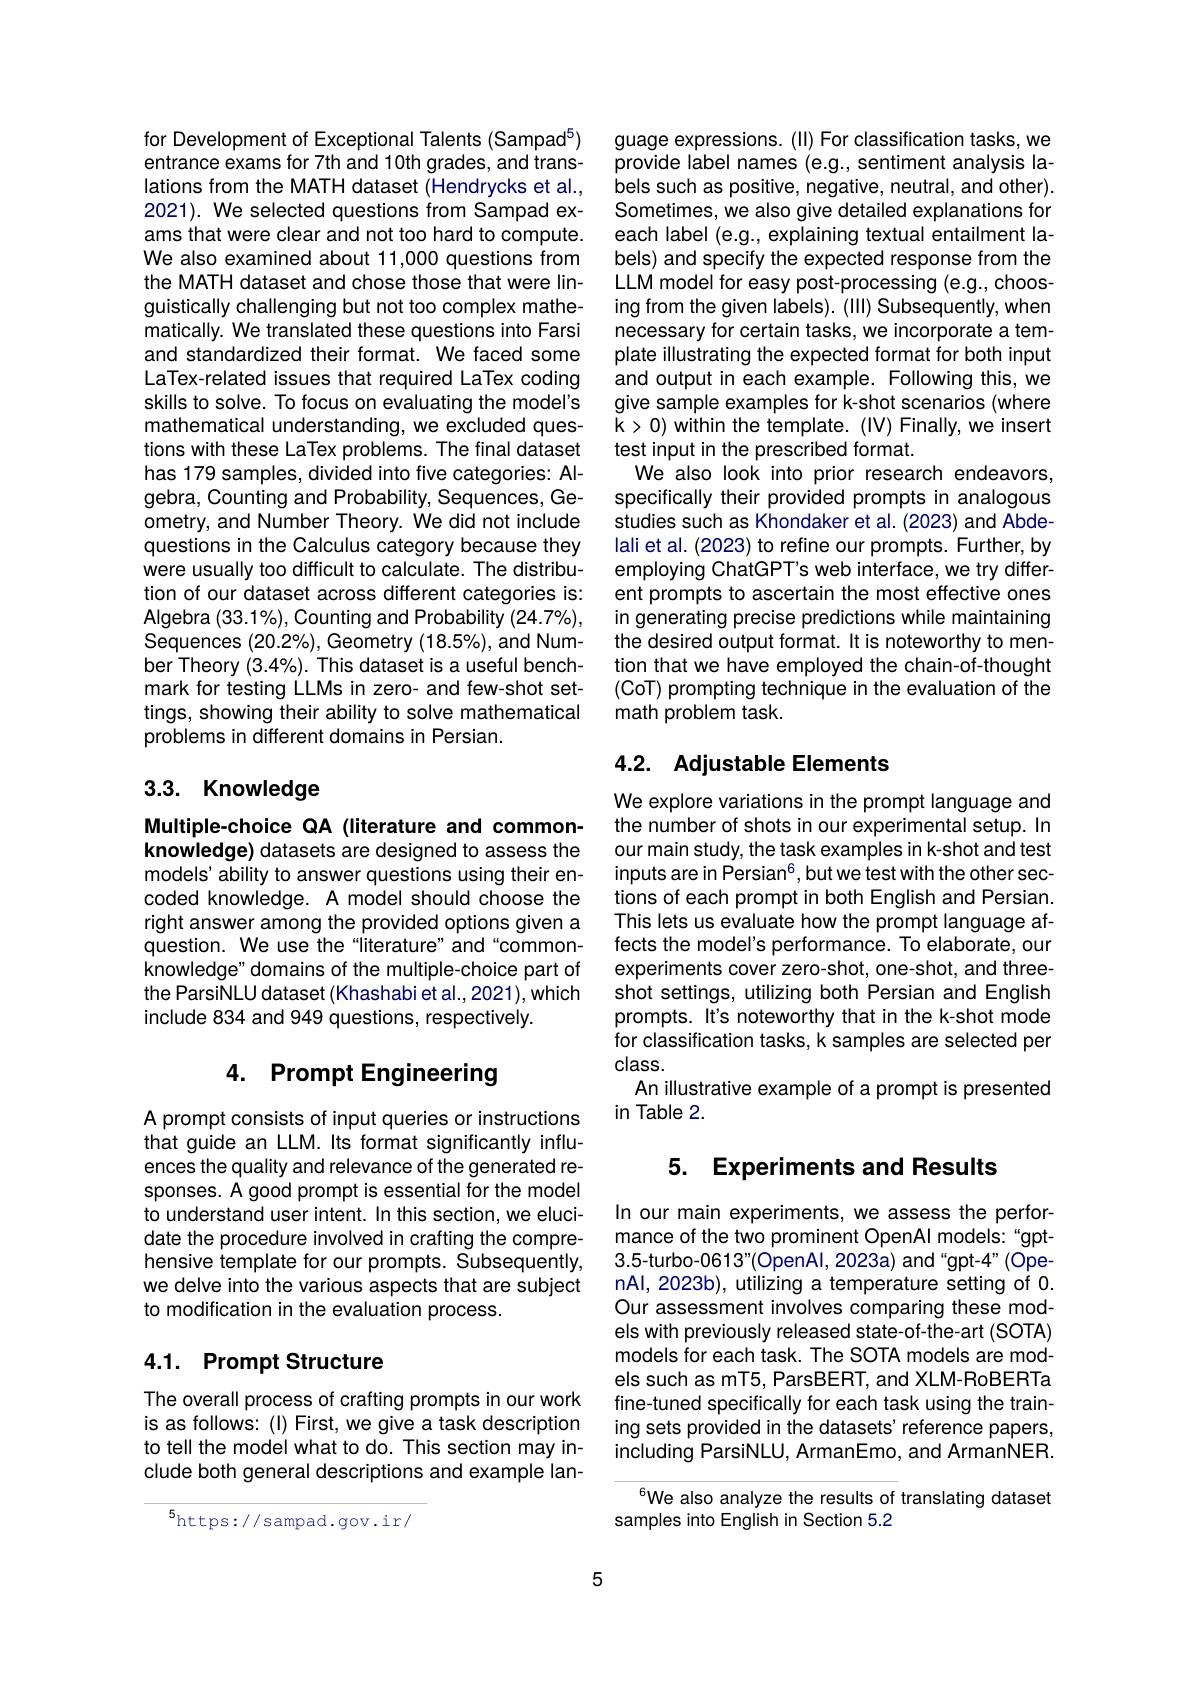
for Development of Exceptional Talents (Sampad$^5)$ entrance exams for 7th and 10th grades, and translations from the MATH dataset (Hendrycks et al., 2021). We selected questions from Sampad exams that were clear and not too hard to compute. We also examined about 11,000 questions from the MATH dataset and chose those that were linguistically challenging but not too complex mathematically. We translated these questions into Farsi and standardized their format. We faced some LaTex-related issues that required LaTex coding skills to solve. To focus on evaluating the model's mathematical understanding, we excluded questions with these LaTex problems. The final dataset has 179 samples, divided into five categories: Algebra, Counting and Probability, Sequences, Geometry, and Number Theory. We did not include questions in the Calculus category because they were usually too difficult to calculate. The distribution of our dataset across different categories is: Algebra (33.1%), Counting and Probability (24.7%), Sequences (20.2%), Geometry (18.5%), and Number Theory (3.4%). This dataset is a useful benchmark for testing LLMs in zero- and few-shot settings, showing their ability to solve mathematical problems in different domains in Persian.

# 3.3. Knowledge

Multiple-choice QA (literature and commonknowledge) datasets are designed to assess the models' ability to answer questions using their encoded knowledge. A model should choose the right answer among the provided options given a question. We use the "literature" and“commonknowledge" domains of the multiple-choice part of the ParsiNLU dataset (Khashabi et al., 2021), which include 834 and 949 questions, respectively.

# 4. Prompt Engineering

A prompt consists of input queries or instructions that guide an LLM. Its format significantly influences the quality and relevance of the generated responses. A good prompt is essential for the model to understand user intent. In this section, we elucidate the procedure involved in crafting the comprehensive template for our prompts. Subsequently, we delve into the various aspects that are subject to modification in the evaluation process.

## 4.1. Prompt Structure

The overall process of crafting prompts in our work is as follows: (I) First, we give a task description to tell the model what to do. This section may include both general descriptions and example lan-

$^{5}$https://sampad.gov.ir/

guage expressions. (II) For classification tasks, we provide label names (e.g., sentiment analysis labels such as positive, negative, neutral, and other). Sometimes, we also give detailed explanations for each label (e.g., explaining textual entailment labels) and specify the expected response from the LLM model for easy post-processing (e.g., choosing from the given labels). (III) Subsequently, when necessary for certain tasks, we incorporate a template illustrating the expected format for both input and output in each example. Following this, we give sample examples for k-shot scenarios (where $\tilde{\Bbbk}>0)$ within the template. (IV) Finally, we insert test input in the prescribed format.
We also look into prior research endeavors, specifically their provided prompts in analogous studies such as Khondaker et al. (2023) and Abdelali et al. (2023) to refine our prompts. Further, by employing ChatGPT's web interface, we try different prompts to ascertain the most effective ones in generating precise predictions while maintaining the desired output format. It is noteworthy to mention that we have employed the chain-of-thought (CoT) prompting technique in the evaluation of the math problem task.

## 4.2. Adjustable Elements

We explore variations in the prompt language and the number of shots in our experimental setup. In our main study, the task examples in k-shot and test inputs are in Persian$^6$,but we test with the other sections of each prompt in both English and Persian. This lets us evaluate how the prompt language affects the model's performance. To elaborate, our experiments cover zero-shot, one-shot, and threeshot settings, utilizing both Persian and English prompts. It's noteworthy that in the k-shot mode for classification tasks, k samples are selected per class.
An illustrative example of a prompt is presented
in Table 2.

# 5. Experiments and Results

In our main experiments, we assess the performance of the two prominent OpenAl models:“gpt- 3.5-turbo-0613"(OpenAl,2023a) and“gpt-4”(OpenAl, 2023b), utilizing a temperature setting of 0. Our assessment involves comparing these models with previously released state-of-the-art (SOTA) models for each task. The SOTA models are models such as mT5, ParsBERT, and XLM-RoBERTa fine-tuned specifically for each task using the training sets provided in the datasets' reference papers, including ParsiNLU, ArmanEmo, and ArmanNER.

We also analyze the results of translating dataset
samples into English in Section 5.2

5